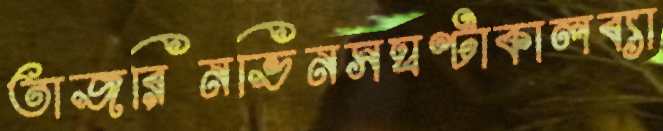
তাজরিনভিনসঘণ্টাকালব্যা